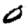
Digit: 0